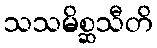
သသမိစ္ဆသီတိ